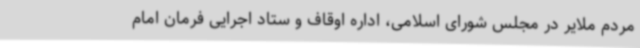
مردم ملایر در مجلس شورای اسلامی، اداره اوقاف و ستاد اجرایی فرمان امام